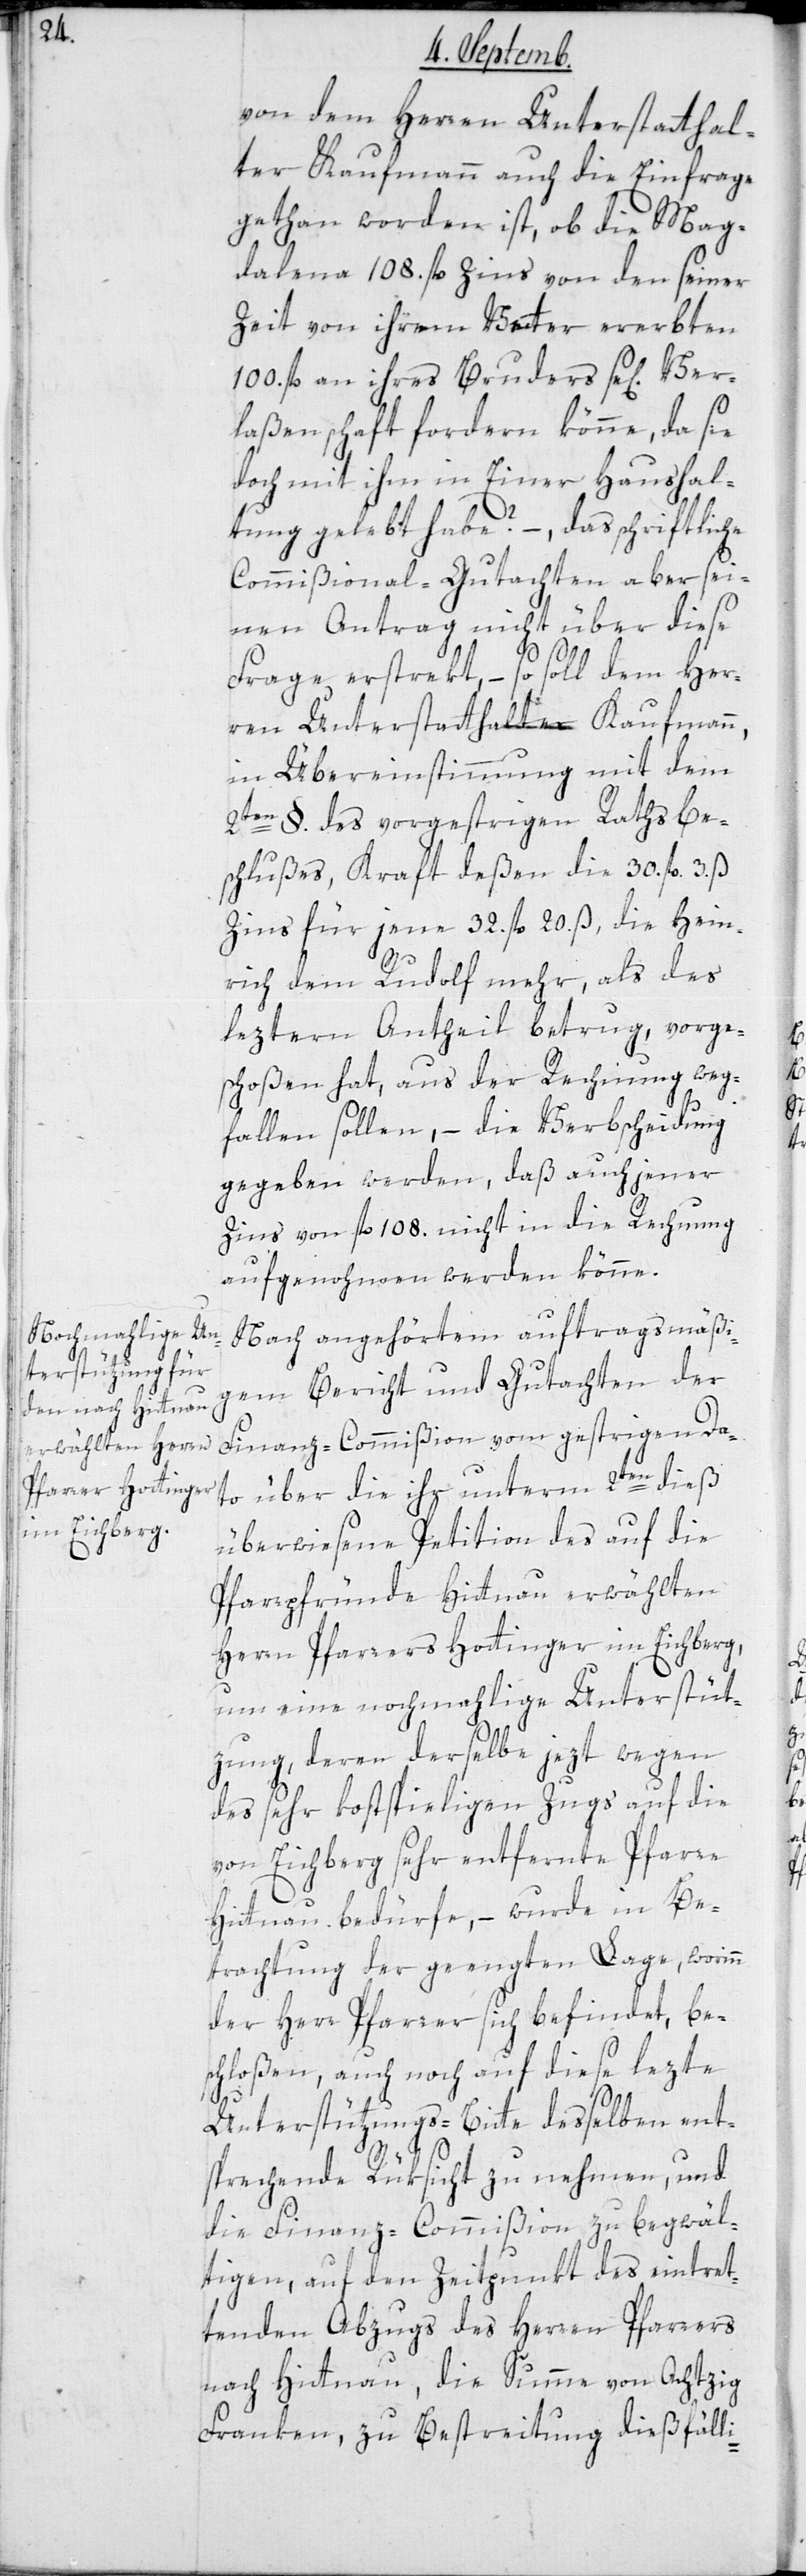
von dem Herren Unterstatthal¬
ter Kaufmann auch die Einfrage
gethan worden ist, ob die Mag¬
dalena 108. fl. Zins von den seiner
Zeit von ihrem Vater ererbten
100. fl. an ihres Bruders sel. Ver¬
laßenschaft fordern könne, da sie
doch mit ihm in Einer Haushal¬
tung gelebt habe? –, das schriftliche
Commißional-Gutachten aber sei¬
nen Antrag nicht über diese
Frage erstrekt, – so soll dem Her¬
ren Unterstatthalter Kaufmann,
in Übereinstimmung mit dem
2ten §. des vorgestrigen Rathsbe¬
schlußes, kraft deßen die 30. fl. 3. ß
Zins für jene 32. fl. 20. ß, die Hein¬
rich dem Rudolf mehr als des
leztern Antheil betrug, vorge¬
schoßen hat, aus der Rechnung weg¬
fallen sollen, – die Verbscheidung
gegeben werden, daß auch jener
Zins von fl. 108. nicht in die Rechnung
aufgenommen werden könne.
Nach angehörtem auftragsmäßi¬
gen Bericht und Gutachten der
Finanz-Commißion vom gestirgen Da¬
to über die ihr unterm 2ten dieß
überwiesene Petition des auf die
Pfarrpfründe Hittnau erwählten
Herrn Pfarrers Hottinger im Eichberg,
um eine nochmahlige Unterstüt¬
zung, deren derselbe jezt wegen
des sehr kostspieligen Zugs auf die
von Eichberg sehr entfernte Pfarre
Hittnau bedürfe, – wurde in Be¬
trachtung der geengten Lage, worinn
der Herr Pfarrer sich befindet, be¬
schloßen, auch noch auf diese lezte
Unterstützungs-Bitte desselben ent¬
sprechende Rüksicht zu nehmen, und
die Finanz-Commißion zu begwäl¬
tigen, auf den Zeitpunkt des eintret¬
tenden Abzugs des Herren Pfarrers
nach Hittnau, die Summe von Achtzig
Franken, zu Bestreitung dießfälli-